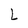
Character: L